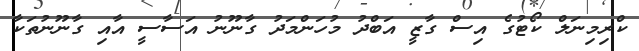
ކްރިމިނަލް ކޯޓުގެ އިސް ގާޒީ އަބްދު މުހަންމަދު ގާނޫނު އަސާސީ އާއި ގާނޫނުތަކާ